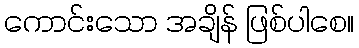
ကောင်းသော အချိန် ဖြစ်ပါစေ။